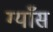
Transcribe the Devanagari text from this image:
ग्याँस